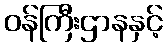
ဝန်ကြီးဌာနနှင့်